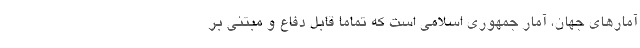
آمارهای جهان، آمار جمهوری اسلامی است که تماما قابل دفاع و مبتنی بر